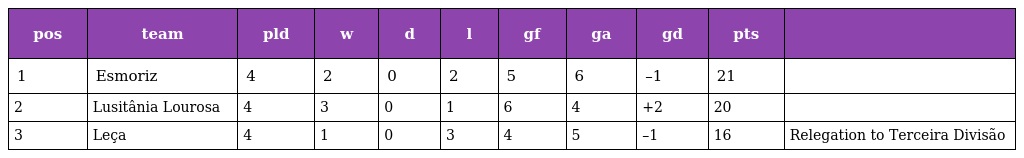
| pos | team | pld | w | d | l | gf | ga | gd | pts |  |
 | --- | --- | --- | --- | --- | --- | --- | --- | --- | --- | --- |
 | 1 | Esmoriz | 4 | 2 | 0 | 2 | 5 | 6 | –1 | 21 |  |
 | 2 | Lusitânia Lourosa | 4 | 3 | 0 | 1 | 6 | 4 | +2 | 20 |  |
 | 3 | Leça | 4 | 1 | 0 | 3 | 4 | 5 | –1 | 16 | Relegation to Terceira Divisão |